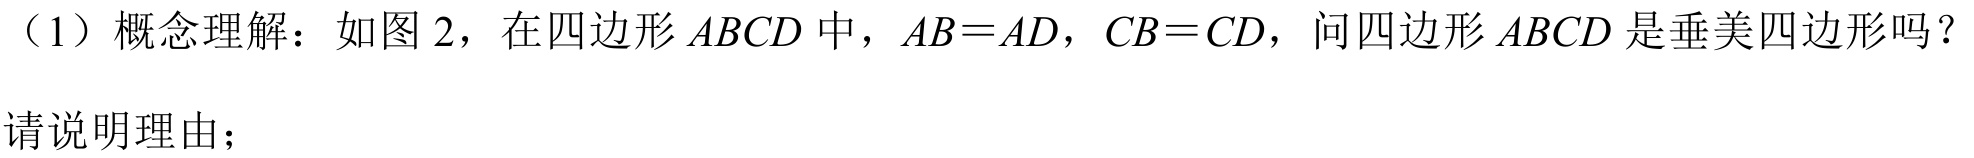
（1）概念理解：如图 2，在四边形 \(ABCD\) 中，\(AB = AD\)，\(CB = CD\)，问四边形 \(ABCD\) 是垂美四边形吗？请说明理由；